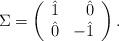
LaTeX: \begin{align*}\Sigma =\left( \begin{array}{cr} \hat 1 & \hat 0 \\ \hat 0 & -\hat 1\end{array} \right).\end{align*}